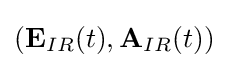
({\textbf {E}}_{IR}(t),{\textbf {A}}_{IR}(t))